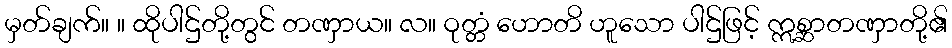
မှတ်ချက်။ ။ ထိုပါဌ်တို့တွင် တဏှာယ။ လ။ ဝုတ္တံ ဟောတိ ဟူသော ပါဌ်ဖြင့် ဣစ္ဆာတဏှာတို့၏